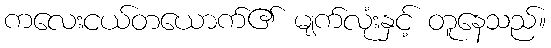
ကလေးငယ်တယောက်၏ မျက်လုံးနှင့် တူနေသည်။